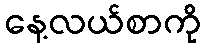
နေ့လယ်စာကို